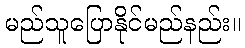
မည်သူပြောနိုင်မည်နည်း။